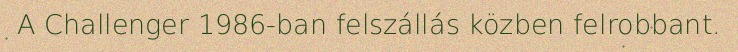
A Challenger 1986-ban felszállás közben felrobbant.